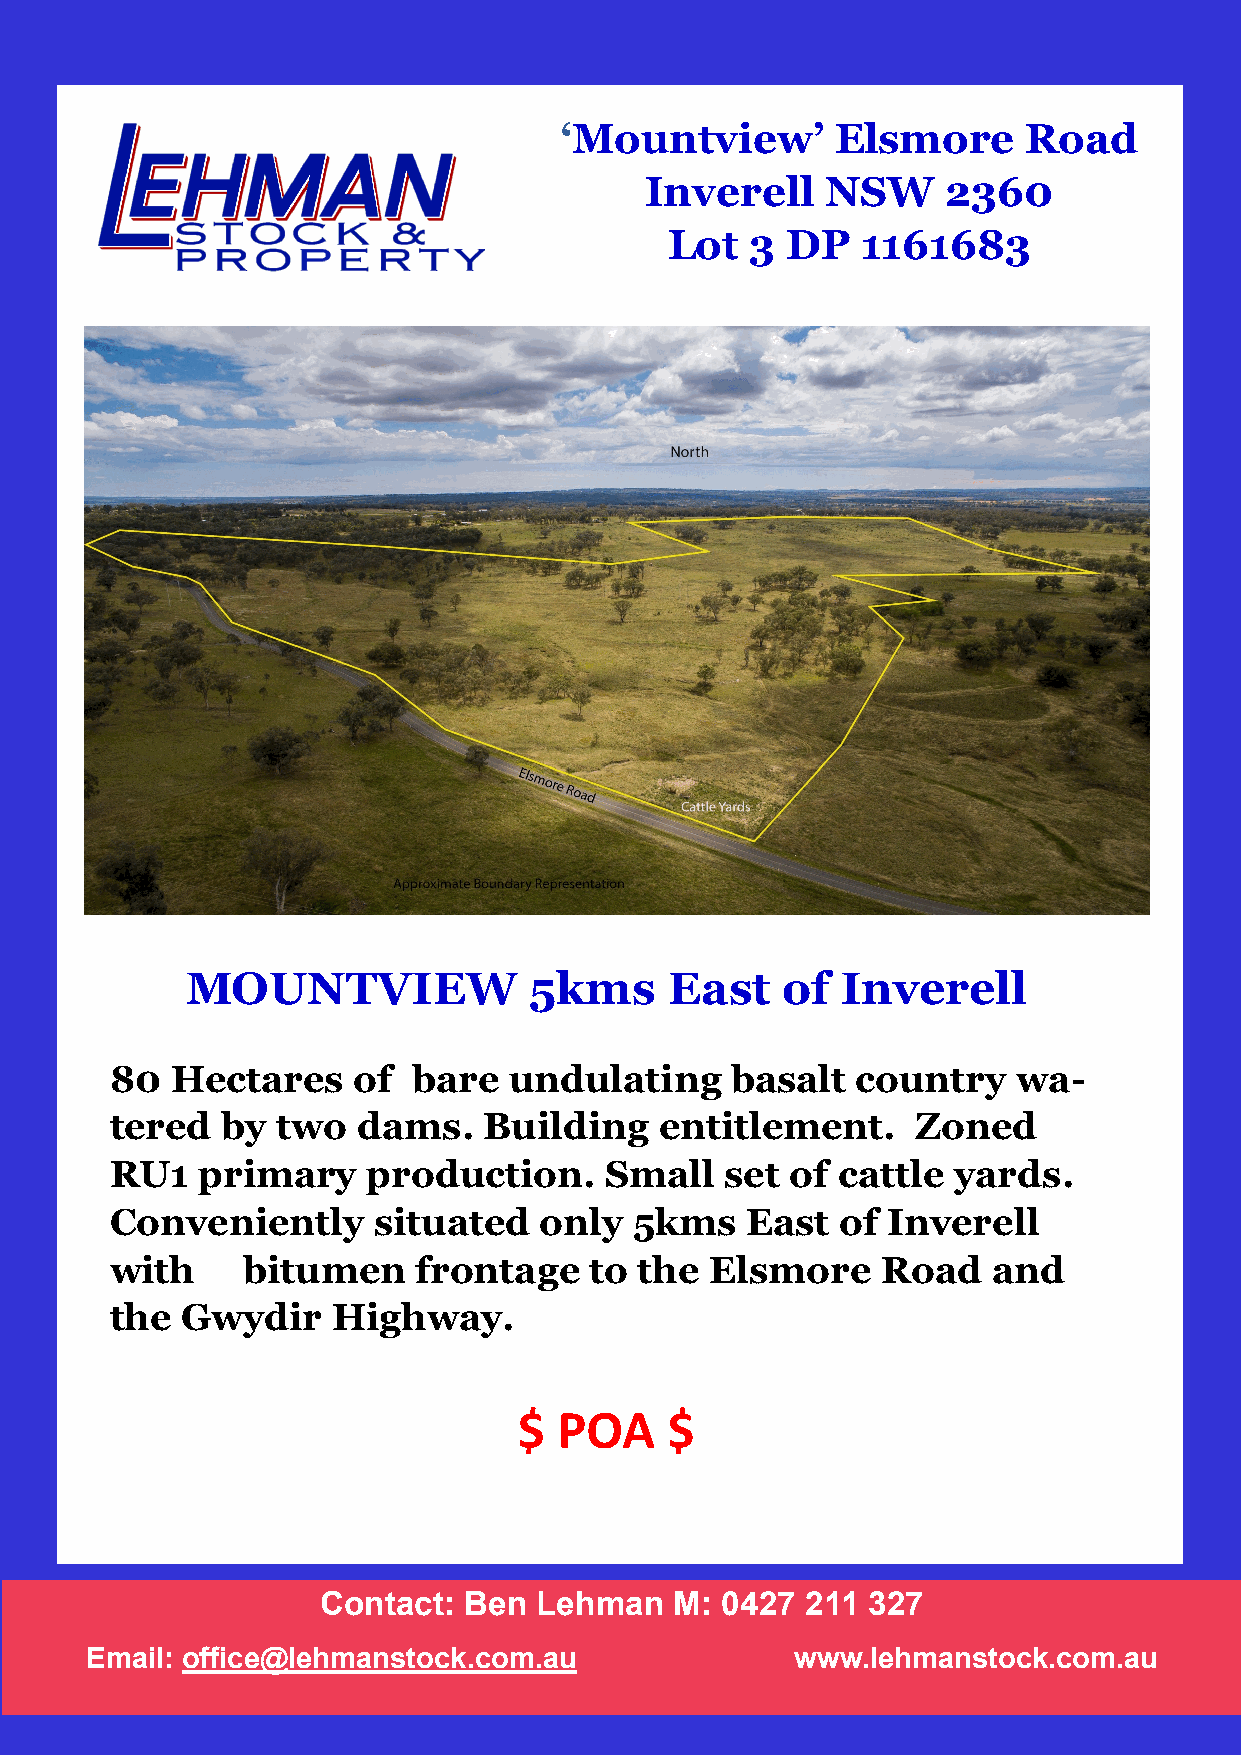
‘Mountview’       Elsmore      Road
 Inverell    NSW     2360
 Lot   3 DP   1161683
 MOUNTVIEW              5kms     East    of  Inverell
 80  Hectares    of  bare   undulating    basalt   country   wa-
 tered   by two   dams.   Building    entitlement.     Zoned
 RU1   primary    production.     Small   set of cattle  yards.
 Conveniently      situated   only  5kms   East   of Inverell
 with     bitumen     frontage   to the  Elsmore    Road    and
 the  Gwydir    Highway.
 $  POA    $
 Contact:  Ben  Lehman   M: 0427 211 327
 Email: office@lehmanstock.com.au               www.lehmanstock.com.au